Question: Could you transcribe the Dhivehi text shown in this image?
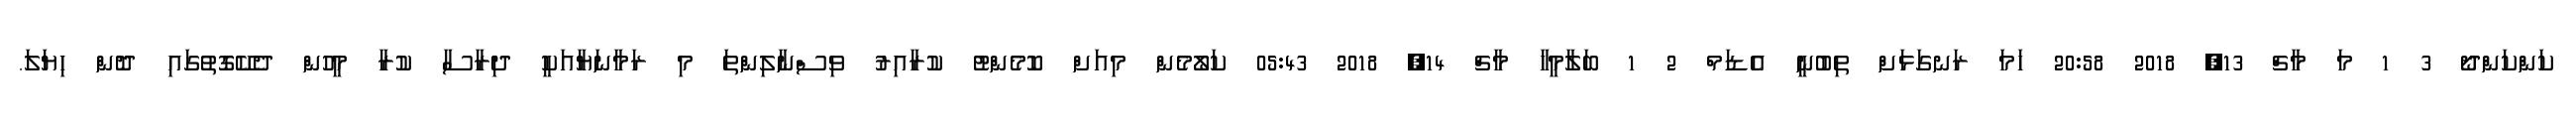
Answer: ކަންކަންދޯ 3 1 މަ މާޗް 13, 2018 20:58 ހަމަ ރަނގަޅަށް ތިބުނީ އެޑަމް 2 1 ބަލާމީހާ މާޗް 14, 2018 05:43 ކަލޯމެން މިއަށް ކޮމެންޓު ކުރާއިރު ވިސްނާލިންތަ މި ރަމާނަޔާއަކީ ދިރާސާ ކުރާ މީހުން ދެކޭގޮތުގައި ދޮން ހިޔަލަ.